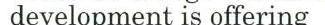
development is offering